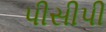
પીસીપી